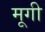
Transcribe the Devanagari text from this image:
मूगी